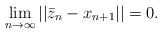
LaTeX: \begin{align*}\lim_{n\to\infty}||\bar{z}_n-x_{n+1}||=0.\end{align*}